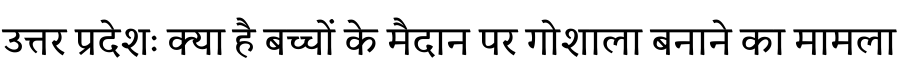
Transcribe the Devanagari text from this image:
उत्तर प्रदेशः क्या है बच्चों के मैदान पर गोशाला बनाने का मामला